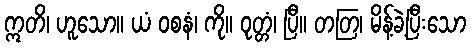
ဣတိ၊ ဟူသော။ ယံ ဝစနံ၊ ကို။ ဝုတ္တံ၊ ပြီ။ တတြ၊ မိန့်ခဲ့ပြီးသော